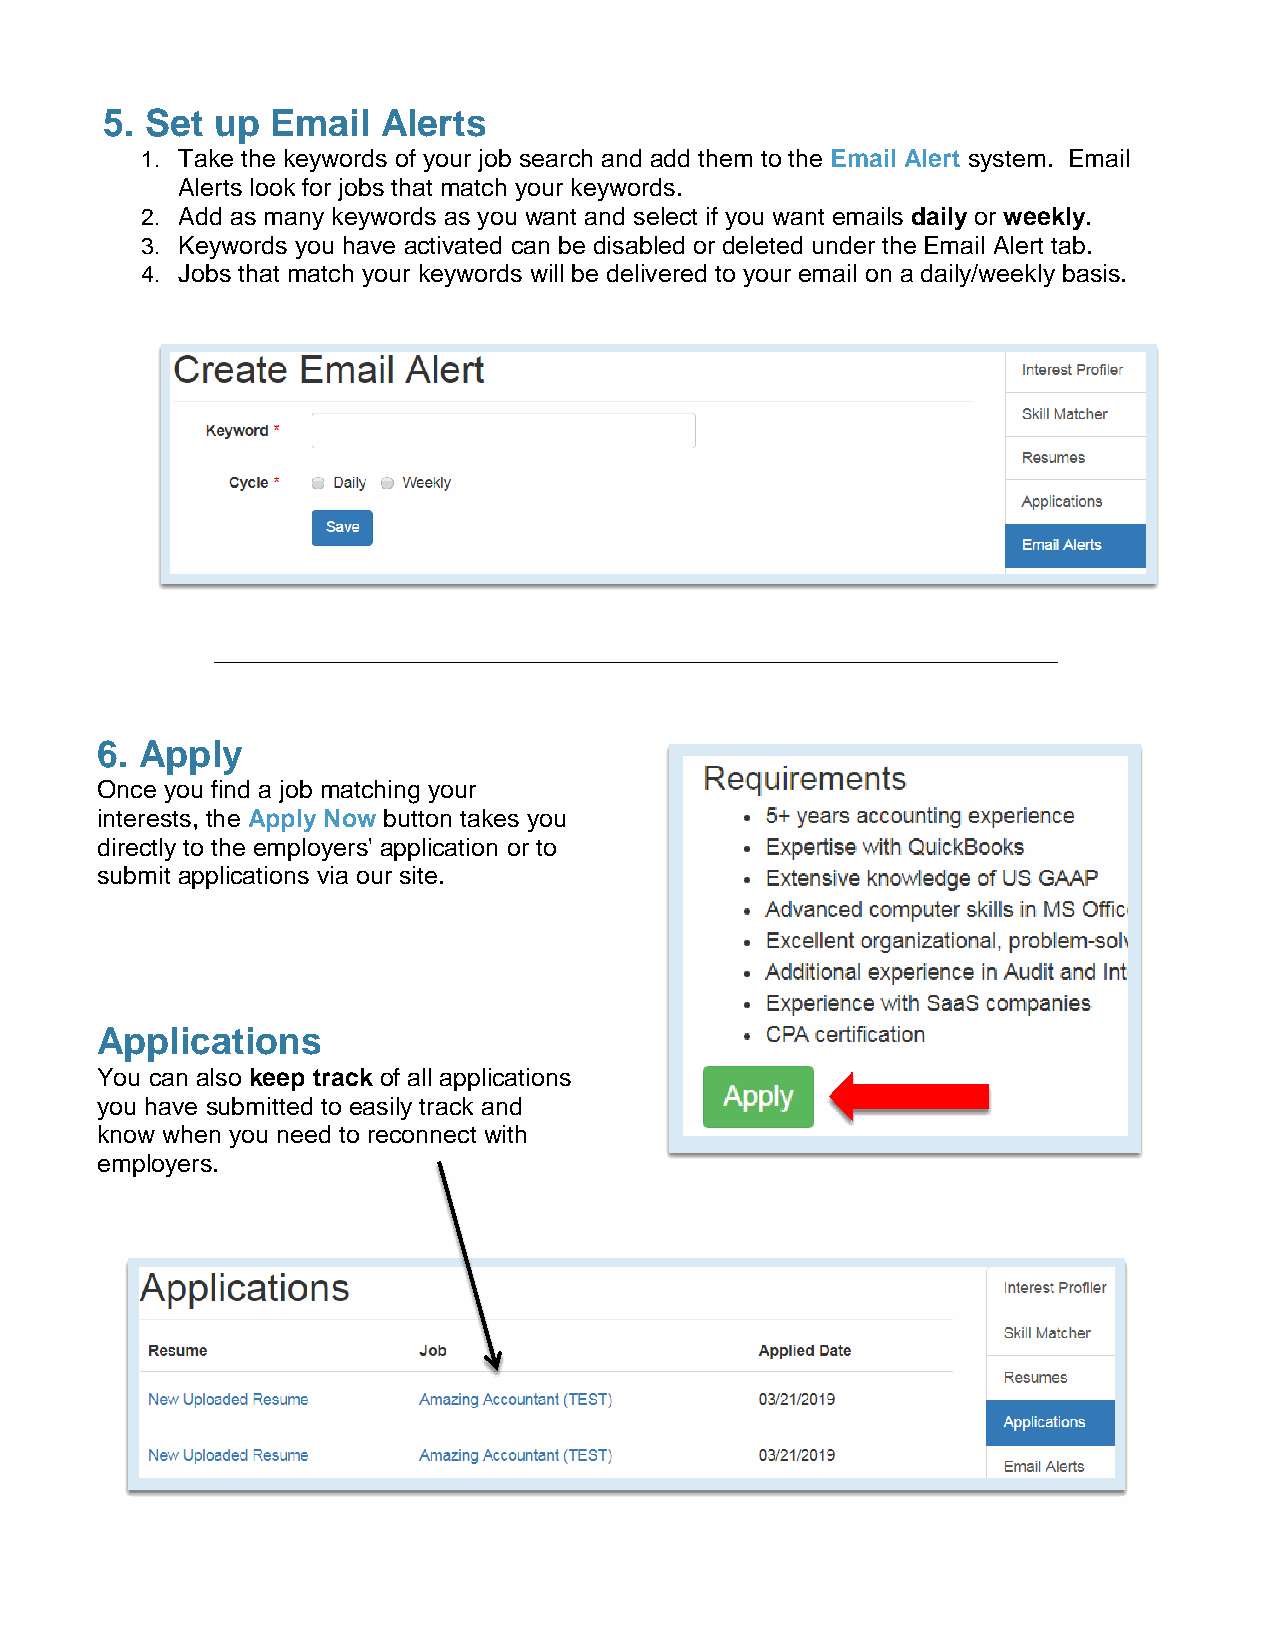
5. Set up  Email  Alerts
 1 . Take the keywords of your job search and add them to the Email Alert system. Email
 Alerts look for jobs that match your keywords.
 2 . Add as many keywords as you want and select if you want emails daily or weekly.
 3 . Keywords you have activated can be disabled or deleted under the Email Alert tab.
 4 . Jobs that match your keywords will be delivered to your email on a daily/weekly basis.
 6. Apply
 Once you find a job matching your
 interests, the Apply Now button takes you
 directly to the employers' application or to
 submit applications via our site.
 Applications
 You can also keep track of all applications
 you have submitted to easily track and
 know when you need to reconnect with
 employers.